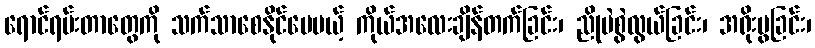
ရောင်ရမ်းတာတွေကို သက်သာစေနိုင်ပေမယ့် ကိုယ်အလေးချိန်တက်ခြင်း၊ ညိုမဲစွဲလွယ်ခြင်း၊ အရိုးပွခြင်း၊